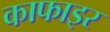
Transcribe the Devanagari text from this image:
काफाइर